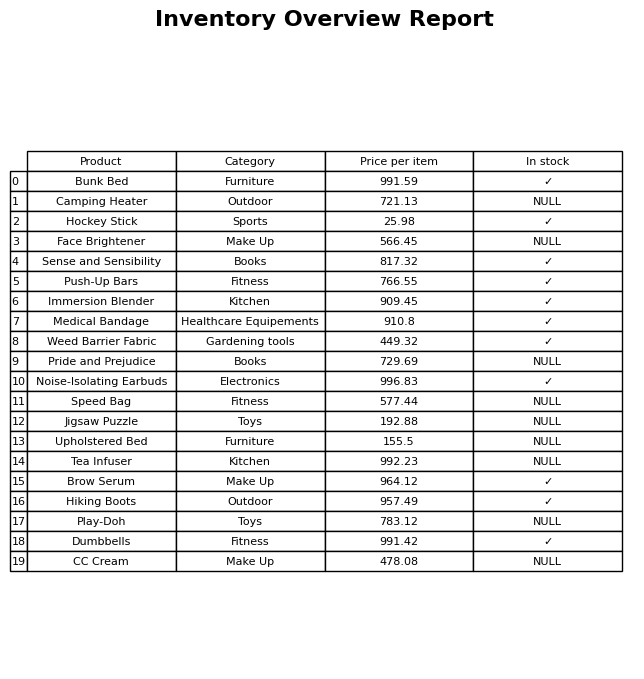
question: What is the price of the Brow Serum?
answer: The price of Brow Serum is 964.12.